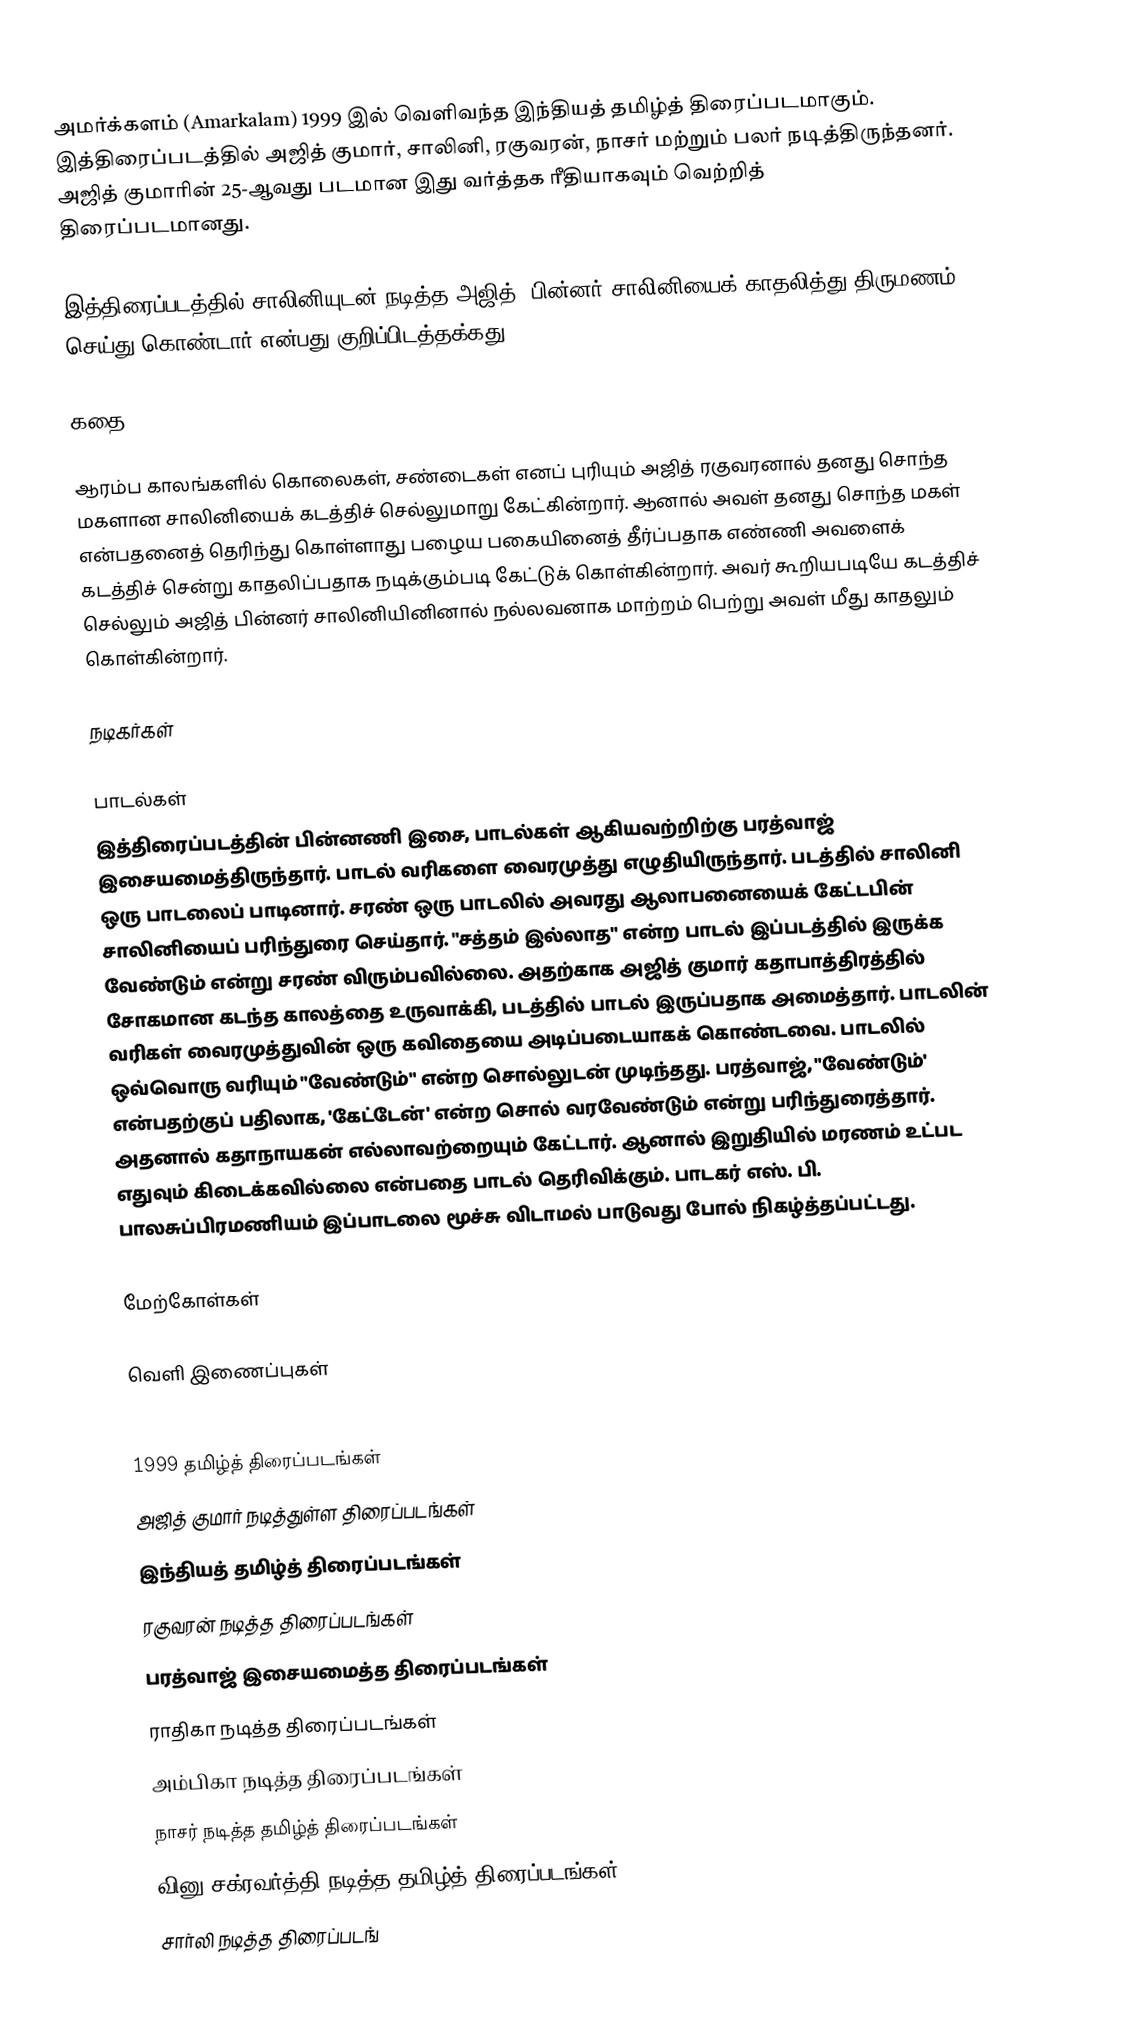
அமர்க்களம் (Amarkalam) 1999 இல் வெளிவந்த இந்தியத் தமிழ்த் திரைப்படமாகும். இத்திரைப்படத்தில் அஜித் குமார், சாலினி, ரகுவரன், நாசர் மற்றும் பலர் நடித்திருந்தனர். அஜித் குமாரின் 25-ஆவது படமான இது வர்த்தக ரீதியாகவும் வெற்றித் திரைப்படமானது.

இத்திரைப்படத்தில் சாலினியுடன் நடித்த அஜித், பின்னர் சாலினியைக் காதலித்து திருமணம் செய்து கொண்டார் என்பது குறிப்பிடத்தக்கது.

கதை

ஆரம்ப காலங்களில் கொலைகள், சண்டைகள் எனப் புரியும் அஜித் ரகுவரனால் தனது சொந்த மகளான சாலினியைக் கடத்திச் செல்லுமாறு கேட்கின்றார். ஆனால் அவள் தனது சொந்த மகள் என்பதனைத் தெரிந்து கொள்ளாது பழைய பகையினைத் தீர்ப்பதாக எண்ணி அவளைக் கடத்திச் சென்று காதலிப்பதாக நடிக்கும்படி கேட்டுக் கொள்கின்றார். அவர் கூறியபடியே கடத்திச் செல்லும் அஜித் பின்னர் சாலினியினினால் நல்லவனாக மாற்றம் பெற்று அவள் மீது காதலும் கொள்கின்றார்.

நடிகர்கள்

பாடல்கள்
இத்திரைப்படத்தின் பின்னணி இசை, பாடல்கள் ஆகியவற்றிற்கு பரத்வாஜ் இசையமைத்திருந்தார். பாடல் வரிகளை வைரமுத்து எழுதியிருந்தார். படத்தில் சாலினி ஒரு பாடலைப் பாடினார். சரண் ஒரு பாடலில் அவரது ஆலாபனையைக் கேட்டபின் சாலினியைப் பரிந்துரை செய்தார். "சத்தம் இல்லாத" என்ற பாடல் இப்படத்தில் இருக்க வேண்டும் என்று சரண் விரும்பவில்லை. அதற்காக அஜித் குமார் கதாபாத்திரத்தில் சோகமான கடந்த காலத்தை உருவாக்கி, படத்தில் பாடல் இருப்பதாக அமைத்தார். பாடலின் வரிகள் வைரமுத்துவின் ஒரு கவிதையை அடிப்படையாகக் கொண்டவை. பாடலில் ஒவ்வொரு வரியும் "வேண்டும்" என்ற சொல்லுடன் முடிந்தது. பரத்வாஜ், "வேண்டும்' என்பதற்குப் பதிலாக, 'கேட்டேன்' என்ற சொல் வரவேண்டும் என்று பரிந்துரைத்தார். அதனால் கதாநாயகன் எல்லாவற்றையும் கேட்டார். ஆனால் இறுதியில் மரணம் உட்பட எதுவும் கிடைக்கவில்லை என்பதை பாடல் தெரிவிக்கும். பாடகர் எஸ். பி. பாலசுப்பிரமணியம் இப்பாடலை மூச்சு விடாமல் பாடுவது போல் நிகழ்த்தப்பட்டது.

மேற்கோள்கள்

வெளி இணைப்புகள்

1999 தமிழ்த் திரைப்படங்கள்
அஜித் குமார் நடித்துள்ள திரைப்படங்கள்
இந்தியத் தமிழ்த் திரைப்படங்கள்
ரகுவரன் நடித்த திரைப்படங்கள்
பரத்வாஜ் இசையமைத்த திரைப்படங்கள்
ராதிகா நடித்த திரைப்படங்கள்
அம்பிகா நடித்த திரைப்படங்கள்
நாசர் நடித்த தமிழ்த் திரைப்படங்கள்
வினு சக்ரவர்த்தி நடித்த தமிழ்த் திரைப்படங்கள்
சார்லி நடித்த திரைப்படங்